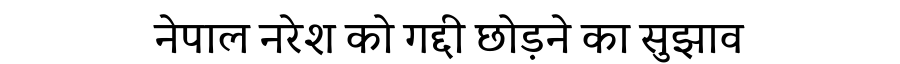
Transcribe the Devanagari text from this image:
नेपाल नरेश को गद्दी छोड़ने का सुझाव